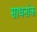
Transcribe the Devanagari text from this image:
साधनांक